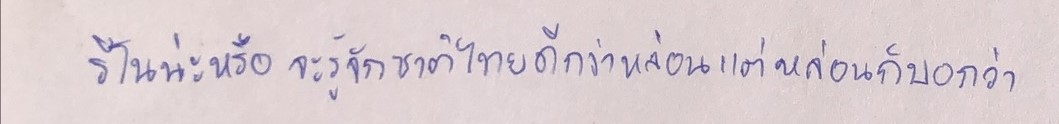
รีโนน่ะหรือจะรู้จักชาติไทยดีกว่าหล่อนแต่หล่อนก็บอกว่า